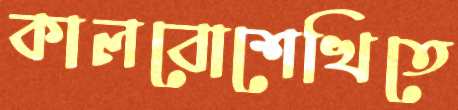
কালবোশেখিতে